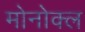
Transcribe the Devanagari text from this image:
मोनोक्ल